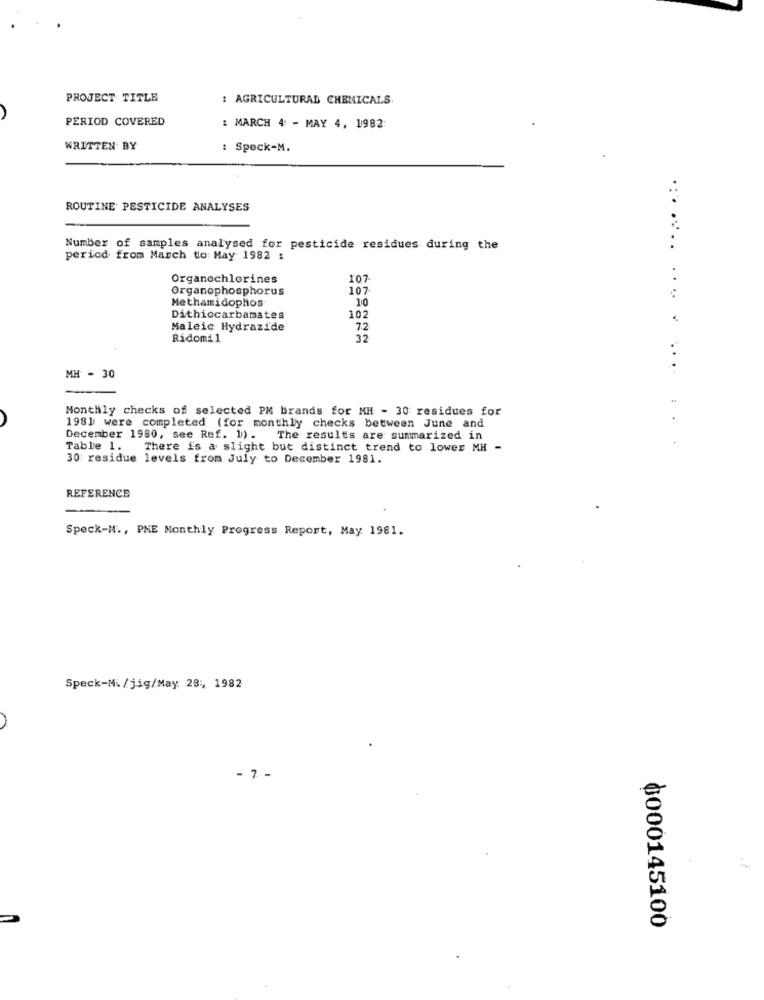
PROJECT TITLE
: AGRICULTURAL CHEMICALS.
PERIOD COVERED
: MARCH 4 - MAY 4, 1982:
WRITTEN BY
: Speck-M.
ROUTINE PESTICIDE ANALYSES
Number of samples analysed for pesticide residues during the
period from March to: May 1982 :
Organochlorines
107
Organophosphorus
107
10
Methamidophos
Dithiocarbamates
102
Maleic Hydrazide
7.2
Ridomil
32
MH - 30
Monthly checks of selected PM brands for MH - 30 residues for
198] were completed (for monthly checks between June and
December 1980, see Ref. 1). The results are summarized in
.. .
Table 1. There is a slight but distinct trend to lower MH -
30 residue levels from July to December 1981.
REFERENCE
Speck-H ., PME Monthly Progress Report, May 1981.
Speck-Mi/jig/May 28 :, 1982
- 7 -
0000145100